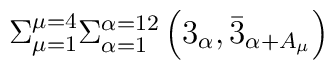
\Sigma_{\mu=1}^{\mu=4} \Sigma_{\alpha=1}^{\alpha=12}\left( 3_{\alpha}, \bar{3}_{\alpha + A_{\mu}} \right)